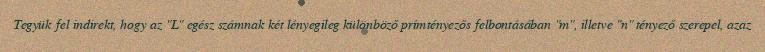
Tegyük fel indirekt, hogy az "L" egész számnak két lényegileg különböző prímtényezős felbontásában "m", illetve "n" tényező szerepel, azaz